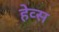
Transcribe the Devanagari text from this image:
हेव्स